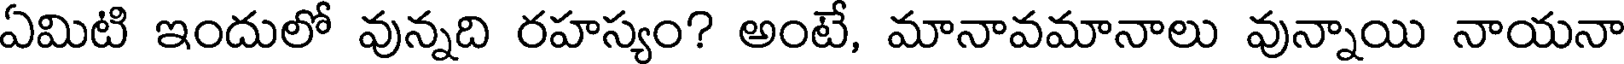
ఏమిటి ఇందులో వున్నది రహస్యం? అంటే, మానావమానాలు వున్నాయి నాయనా